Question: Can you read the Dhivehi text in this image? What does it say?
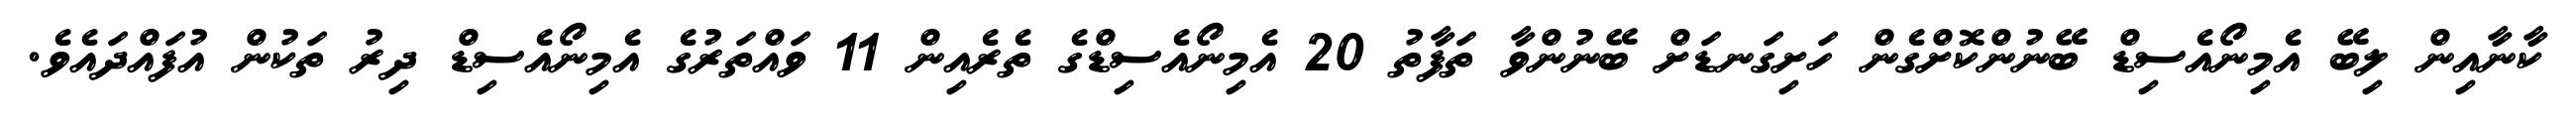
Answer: ކާނާއިން ލިބޭ އެމިނޯއެސިޑް ބޭނުންކޮށްގެން ހަށިގަނޑަށް ބޭނުންވާ ތަފާތު 20 އެމިނޯއެސިޑްގެ ތެރެއިން 11 ވައްތަރުގެ އެމިނޯއެސިޑް ދިރު ތަކުން އުފައްދައެވެ.